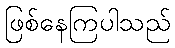
ဖြစ်နေကြပါသည်